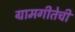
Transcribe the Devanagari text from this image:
ग्रामगीतेची